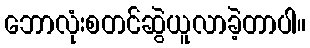
ဘောလုံးစတင်ဆွဲယူလာခဲ့တာပါ။